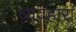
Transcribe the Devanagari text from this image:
व्यवहारा